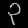
Digit: ၃